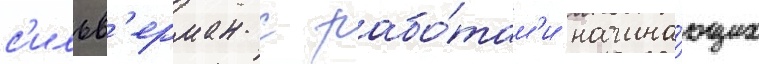
с'ильв'ерман с рабо́там'и начина́ющих